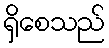
ရှိစေသည်